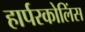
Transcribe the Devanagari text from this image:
हार्परकोलिंस